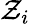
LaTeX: \mathcal{Z}_{i}